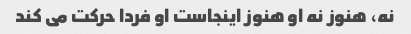
نه، هنوز نه او هنوز اینجاست او فردا حرکت می کند